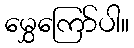
မွှေကြော်ပါ။